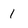
Character: 1